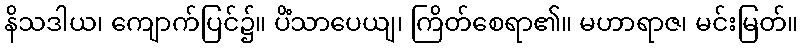
နိသဒါယ၊ ကျောက်ပြင်၌။ ပိံသာပေယျ၊ ကြိတ်စေရာ၏။ မဟာရာဇ၊ မင်းမြတ်။